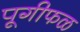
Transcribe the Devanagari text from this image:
पूगीफळ